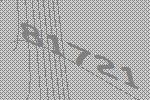
81721